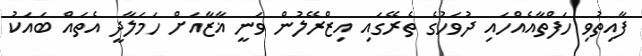
ފާއިތުވި ހަފްތާއެއްހައި ދުވަހުގެ ތެރޭގައި އިޒްރޭލުން ވަނީ ޣާޒާއަށް ހަމަލާދީ އެތައް ބައަކު